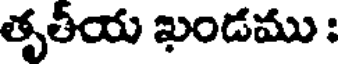
తృతీయ ఖండము :